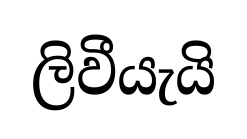
ලිවීයැයි